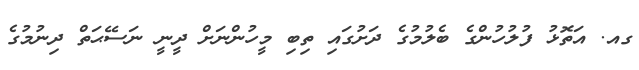
ގއ. އަތޮޅު ފުލުހުންގެ ބެލުމުގެ ދަށުގައި ތިބި މީހުންނަށް ދީނީ ނަސޭޙަތް ދިނުމުގެ